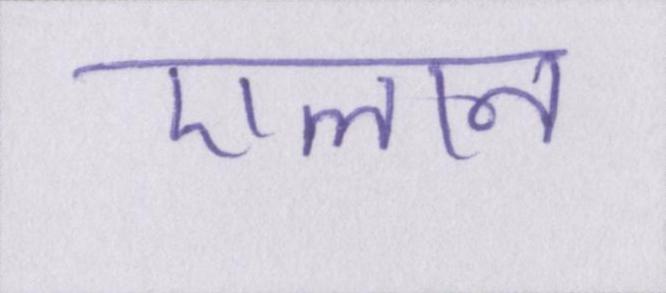
एलान